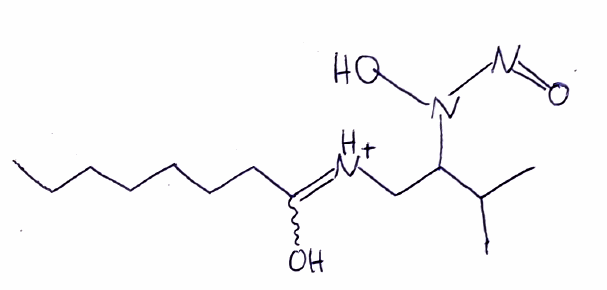
Simplified molecular-input line-entry system (SMILES) notation of the given molecule:
CCCCCCCC(=[NH+]CC(C(C)C)N(N=O)O)O